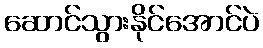
ဆောင်သွားနိုင်အောင်ပဲ